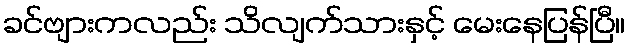
ခင်ဗျားကလည်း သိလျက်သားနှင့် မေးနေပြန်ပြီ။